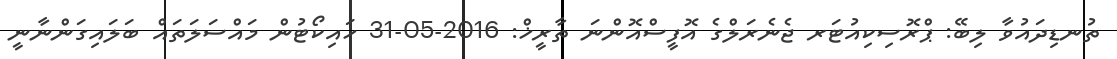
ތުނޑިދައުވާ ލިބޭ: ޕްރޮސިކިއުޓަރ ޖެނެރަލްގެ އޮފީސްއޮންނަ ތާރީޚް: 2016-05-31 ހައިކޯޓުން މައްސަލަތައް ބަލައިގަންނާނީ